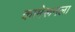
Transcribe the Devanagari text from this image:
कामेरूनला